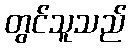
တွင်သူသည်